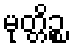
မုတ္တိဉ္စ